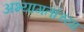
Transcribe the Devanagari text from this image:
अभ्यागतांच्या